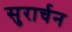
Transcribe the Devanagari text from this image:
सुरार्चन